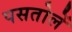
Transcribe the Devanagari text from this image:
पसतोलें